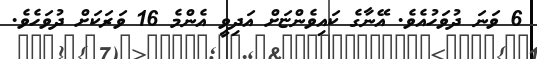
6 ވަނަ ދުވަހުއެވެ. އޭނާގެ ކައިވެންޏަށް އަދިވީ އެންމެ 16 ވަރަކަށް ދުވަހެވެ.